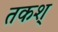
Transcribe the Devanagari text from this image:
तकश्